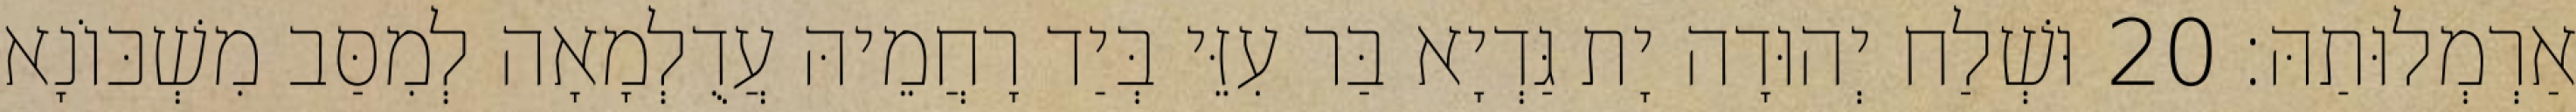
אַרְמְלוּתַהּ׃ 20 וּשְׁלַח יְהוּדָה יָת גַּדְיָא בַּר עִזֵּי בְּיַד רָחֲמֵיהּ עֲדֻלְמָאָה לְמִסַּב מִשְׁכּוֹנָא